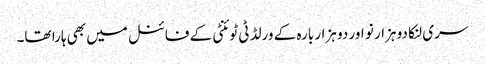
سری لنکا دو ہزار نو اور دو ہزار بارہ کے ورلڈ ٹی ٹوئنٹی کے فائنل میں بھی ہارا تھا۔